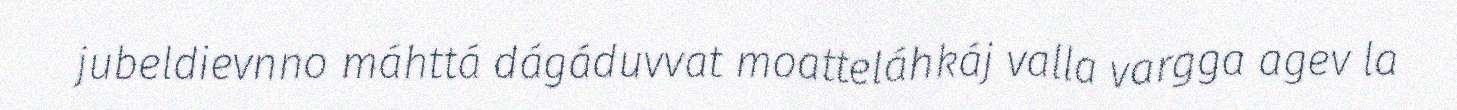
jubeldievnno máhttá dágáduvvat moatteláhkáj valla vargga agev la